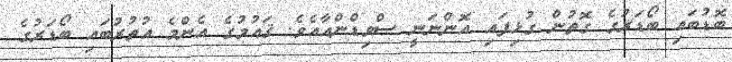
ބޮޑުބައި ބޯޑަރުގެ ގޮތުން ގުޅިފައި އޮންނަނީ ސްވިޑްންއާއެވެ. ޤައުމުގެ އެންމެ އުތުރުބައި ބޯޑަރުގެ